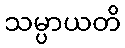
သမ္ပာယတိ